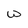
Character: w